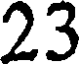
23